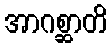
အာဂစ္ဆာတိ